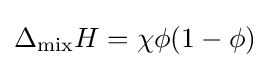
\Delta _{\operatorname {mix} }H=\chi \phi (1-\phi )